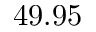
4 9 . 9 5